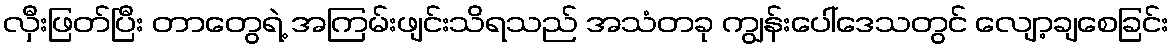
လှီးဖြတ်ပြီး တာတွေရဲ့ အကြမ်းဖျင်းသိရသည် အသံတခု ကျွန်းပေါ်ဒေသတွင် လျော့ချစေခြင်း